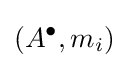
(A^{\bullet },m_{i})